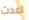
اعدت